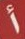
أ